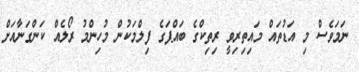
ނަމަވެސް މި އަޑުތައް މައިތިރިވީ ރިތިކްގެ ބައްޕަގެ ފިލްމަކުން މުހިންމު ރޯލެއް ކަންގަނާއަށް